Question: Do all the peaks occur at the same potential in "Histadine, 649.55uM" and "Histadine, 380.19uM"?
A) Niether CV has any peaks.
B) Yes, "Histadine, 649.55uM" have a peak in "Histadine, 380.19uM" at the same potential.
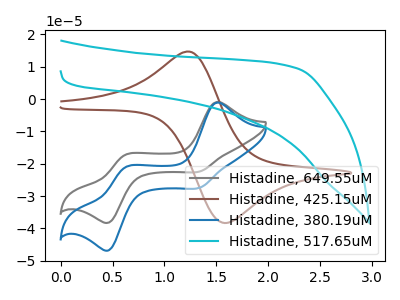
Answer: <think>The gray curve "Histadine, 649.55uM" has anodic peaks at (1.50V, -0.90uA) (0.60V, -17.30uA) and cathodic peaks at (1.35V, -22.35uA) (0.45V, -38.15uA). The brown curve "Histadine, 425.15uM" has an anodic peak at (1.25V, 14.65uA) and a cathodic peak at (1.60V, -38.30uA). The blue curve "Histadine, 380.19uM" has anodic peaks at (1.50V, -1.10uA) (0.60V, -21.15uA) and cathodic peaks at (1.35V, -27.35uA) (0.45V, -46.65uA). The cyan curve "Histadine, 517.65uM" has no peaks.</think>
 <answer>B) Yes, "Histadine, 649.55uM" have a peak in "Histadine, 380.19uM" at the same potential.</answer>
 <eval>B</eval>